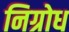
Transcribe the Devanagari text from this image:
निग्रोध